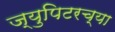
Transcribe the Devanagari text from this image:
ज्युपिटरच्या